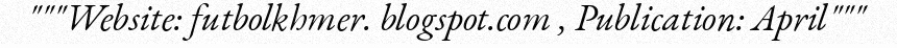
"""Website: futbolkhmer. blogspot.com , Publication: April"""